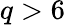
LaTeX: q>6